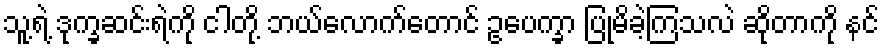
သူ့ရဲ့ ဒုက္ခဆင်းရဲကို ငါတို့ ဘယ်လောက်တောင် ဥပေက္ခာ ပြုမိခဲ့ကြသလဲ ဆိုတာကို နင်